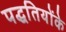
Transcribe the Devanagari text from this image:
पद्धतियोंके